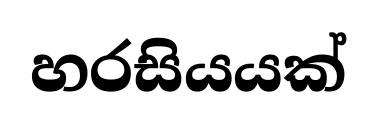
හරසියයක්